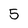
Character: 5